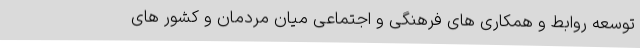
تو‌سعه روابط و همکاری های فرهنگی و اجتماعی میان مردمان و کشور های